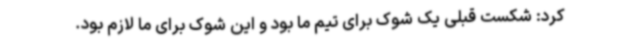
کرد: شکست قبلی یک شوک برای تیم ما بود و این شوک برای ما لازم بود.